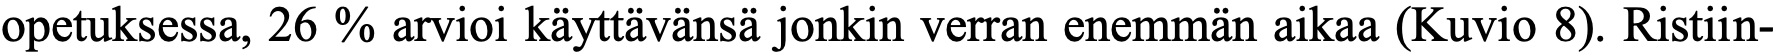
opetuksessa, 26 % arvioi käyttävänsä jonkin verran enemmän aikaa (Kuvio 8). Ristiin-